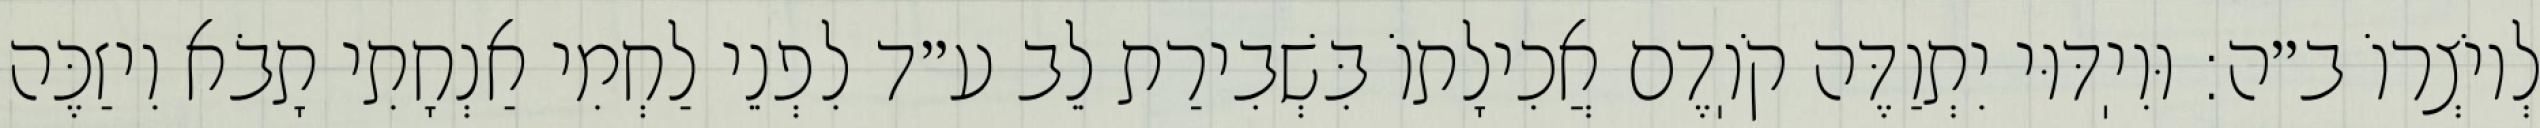
לְיוֹצְרוֹ ב״ה: וּוִיֽדּוּי יִתְוַדֶּה קֹוֽדֶם אֲכִילָתוֹ בִּשְׁבִירַת לֵב ע״ד לִפְנֵי לַחְמִי אַנְחָתִי תָבֹא וִיזַכֶּה